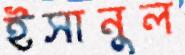
ইসানুল